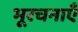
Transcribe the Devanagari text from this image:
भूरचनाएँ